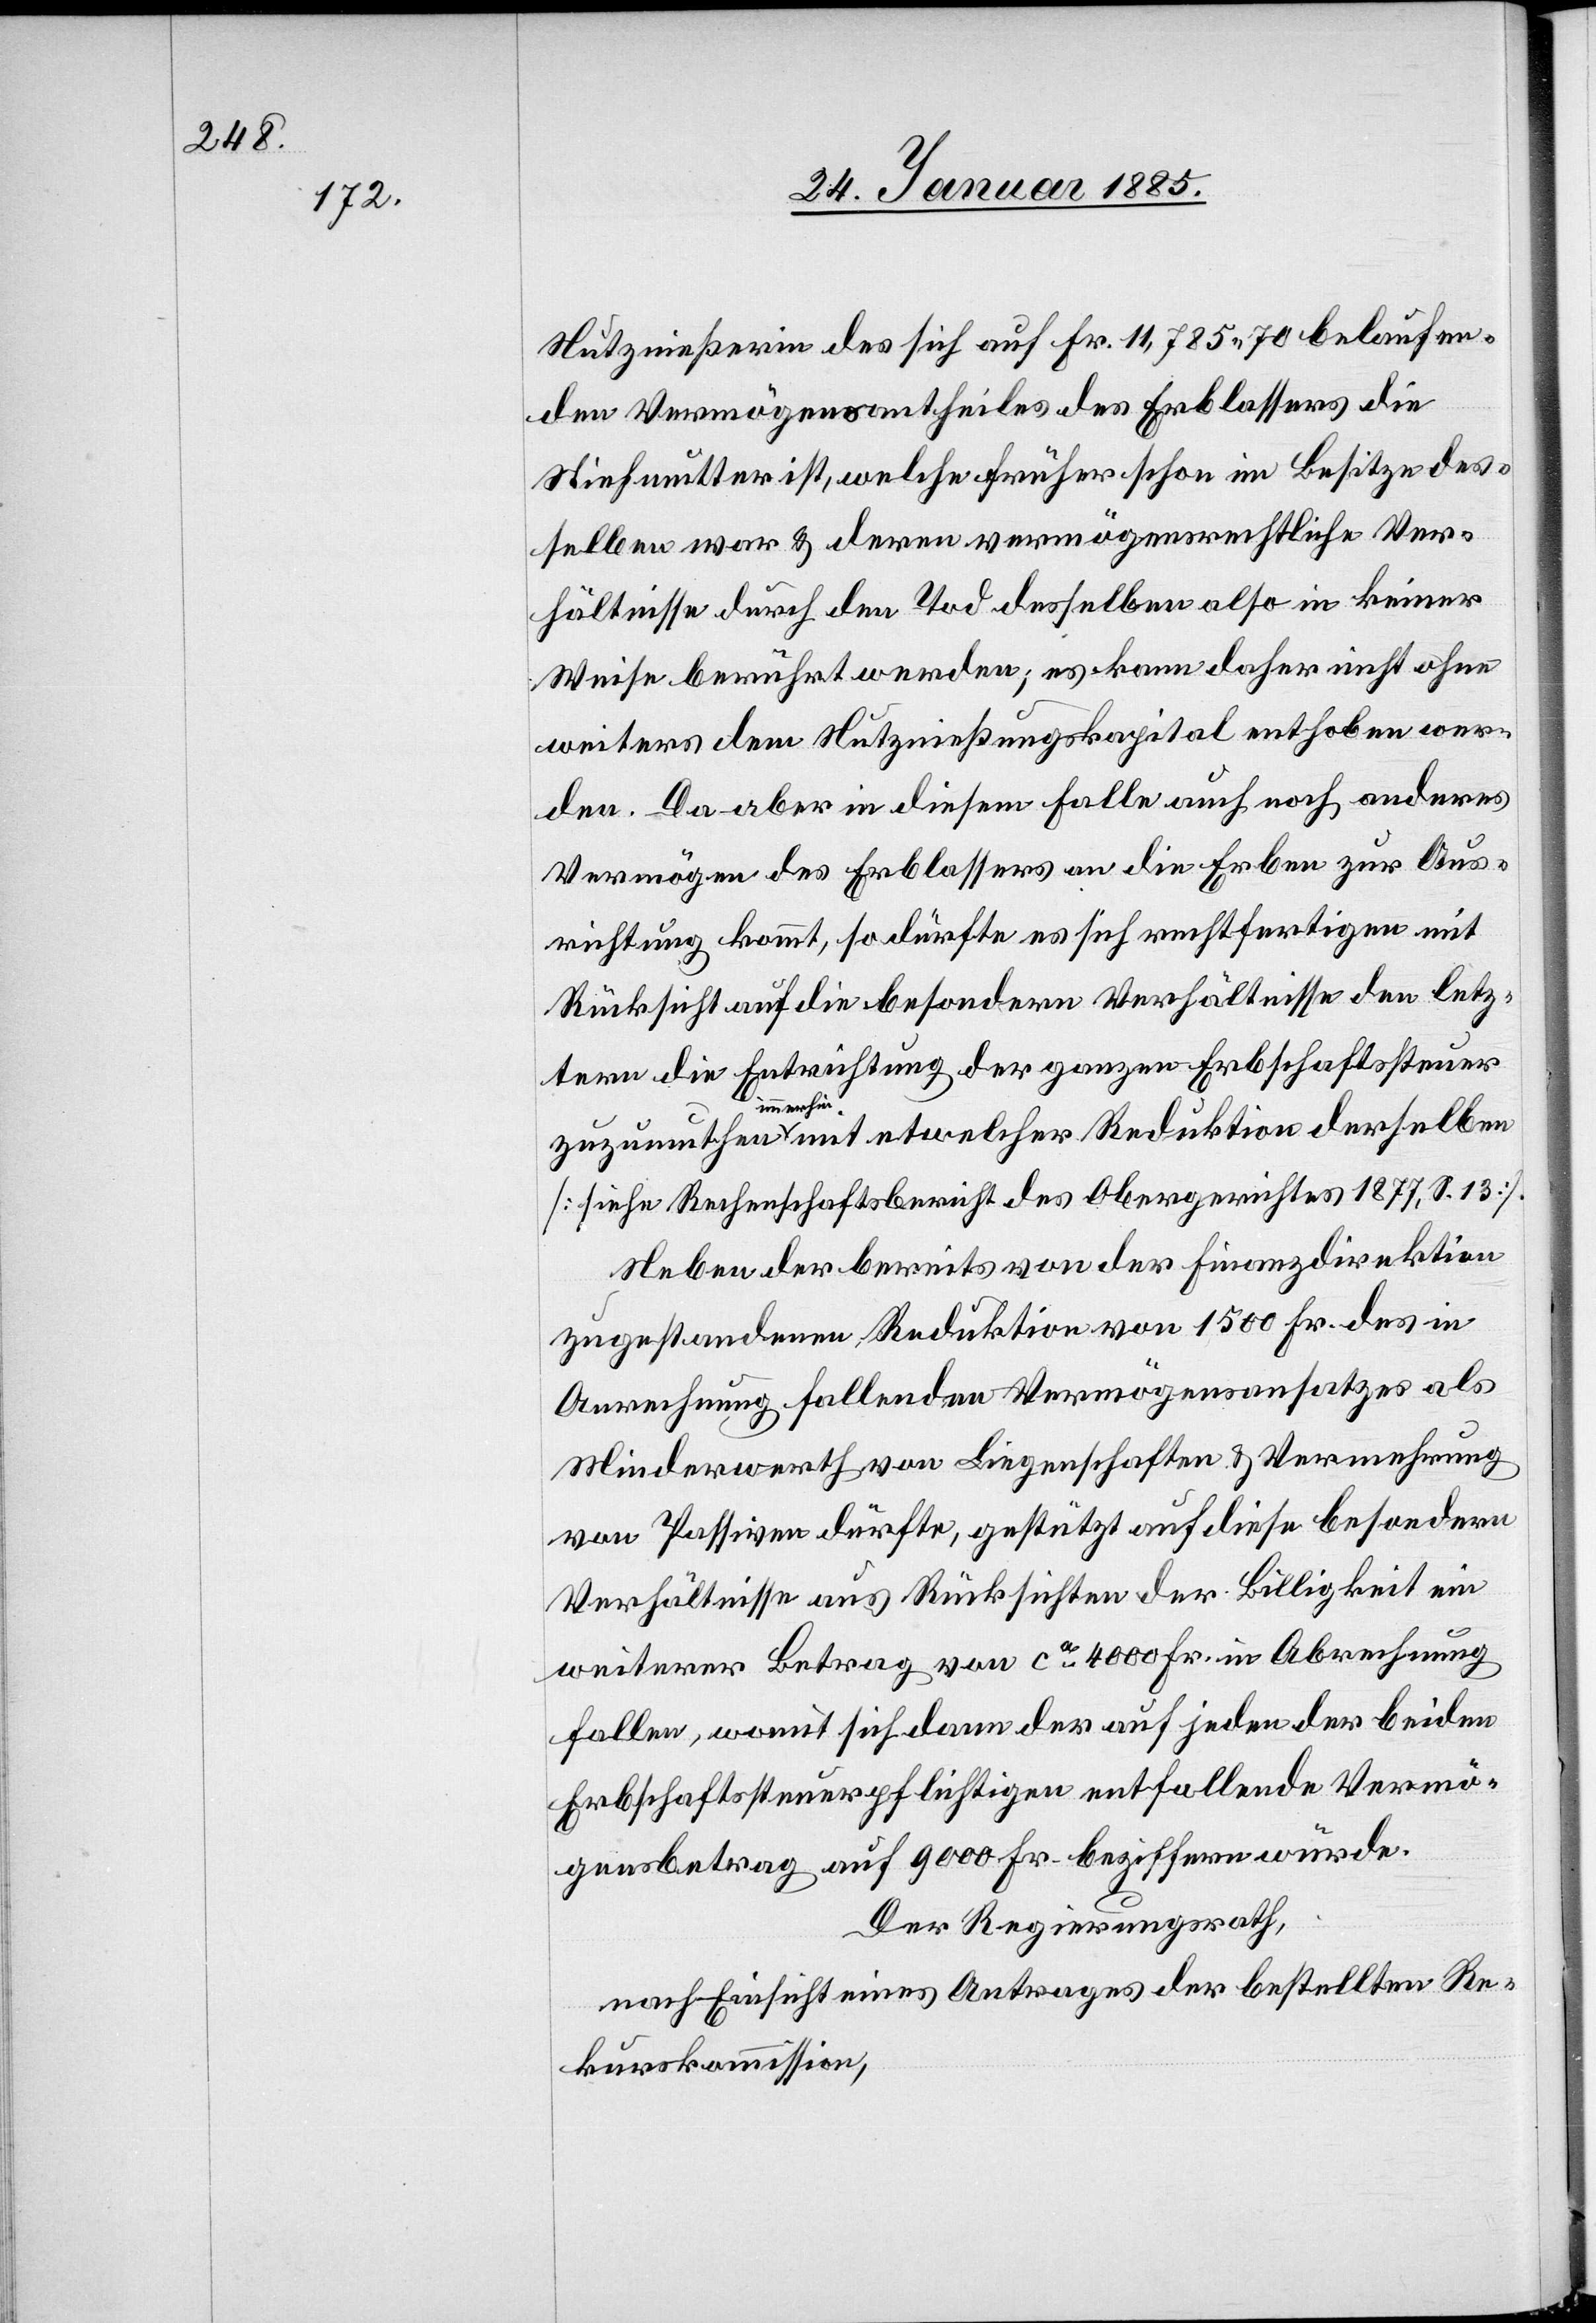
Nutznießerin des sich auf Fr. 11,785 70 belaufen¬
den Vermögensantheiles des Erblassers die
Stiefmutter ist, welche früher schon im Besitze des¬
selben war & deren vermögensrechtliche Ver¬
hältnisse durch den Tod desselben also in keiner
Weise berührt werden; es kann daher nicht ohne
weiteres dem Nutznießungskapital enthoben wer¬
den. Da aber in diesem Falle auch noch anderes
Vermögen des Erblassers an die Erben zur Aus¬
richtung kommt, so dürfte es sich rechtfertigen mit
Rücksicht auf die besondern Verhältnisse den letz¬
tern die Entrichtung der ganzen Erbschaftssteuer
zumuthen
immerhin mit etwelcher Reduktion derselben
[siehe Rechenschaftsbericht des Obergerichtes 1877, S. 13].
Neben der bereits von der Finanzdirektion
zugestandenen Reduktion von 1500 Fr. des in
Anrechnung fallenden Vermögensansatzes als
Minderwerth von Liegenschaften & Vermehrung
von Passiven dürfte, gestützt auf diese besondern
Verhältnisse aus Rücksichten der Billigkeit ein
weiterer Betrag vom ca 4000 Fr. in Abrechnung
fallen, womit sich dann der auf jeden der beiden
Erbschaftssteuerpflichtigen entfallende Vermö¬
gensbetrag auf 9000 Fr. beziffern würde.
Der Regierungsrath,
nach Einsicht eines Antrages der bestellten Re¬
kurskommission,